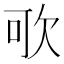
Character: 㰤